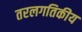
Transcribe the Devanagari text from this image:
तरलगतिकीय